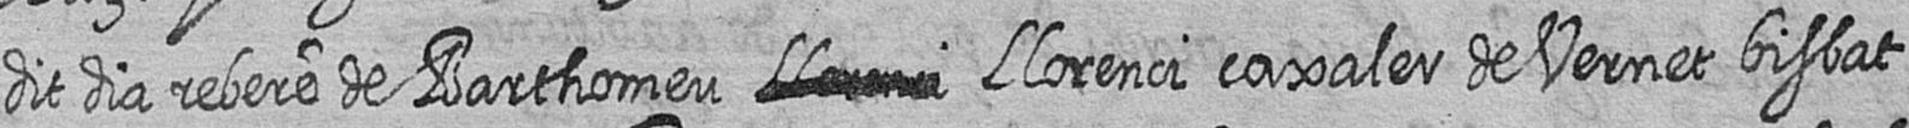
dit dia rebere de Barthomeu # Llorenci caxaler de Vernet bisbat